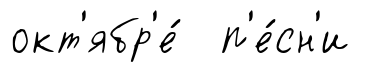
окт'ябр'е́ п'е́сн'и